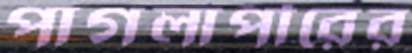
পাগলাপীরের